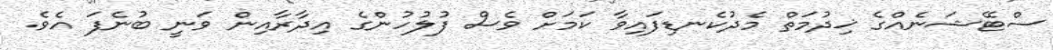
ސްޓޭޝަނެއްގެ ޚިދުމަތް މެދުކެނޑިފައިވާ ކަމަށް ވެސް ފުލުހުންގެ އިދާރާއިން ވަނީ ބުނެފަ އެވެ.